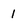
Character: l